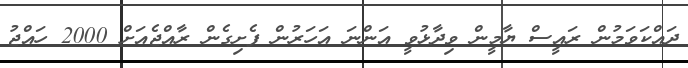
ދައްކަވަމުން ރައީސް ޔާމީން ވިދާޅުވީ އަންނަ އަހަރުން ފެށިގެން ރާއްޖެއަށް 2000 ހައްޖު